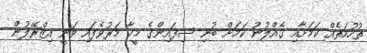
ތުހުމަތެއް ކަމަށާއި ގެއްލުނު ކަމަށް ބުނި ސިފައިންގެ މީހާ މަރުވެފައި ވަނީ އިޒްރޭލުން